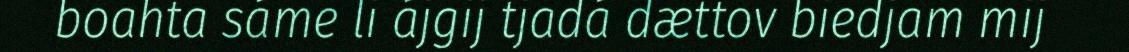
boahta sáme li ájgij tjadá dættov biedjam mij